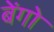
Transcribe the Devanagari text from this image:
बेंगो